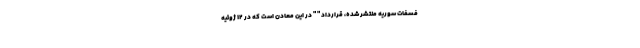
فسفات سوریه منتشر شده، قرارداد " " در این معادن است که در 12 ژوئیه